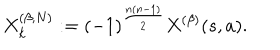
X _ { k } ^ { ( \beta , N ) } : = ( - 1 ) ^ { \frac { n ( n - 1 ) } { 2 } } X ^ { ( \beta ) } ( s , a ) .